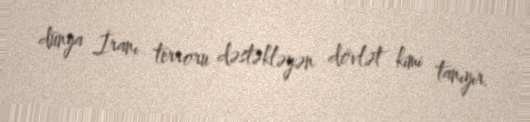
dünya İranı terroru dəstəkləyən dövlət kimi tanıyır.